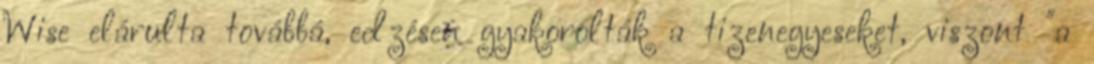
Wise elárulta továbbá, edzésen gyakorolták a tizenegyeseket, viszont "a